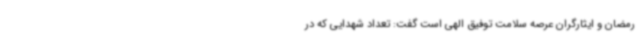
رمضان و ایثارگران عرصه سلامت توفیق الهی است گفت: تعداد شهدایی که در